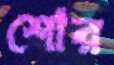
শোর